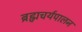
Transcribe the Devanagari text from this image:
ब्रह्मचर्यपालन